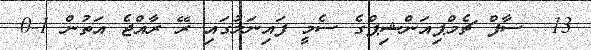
13  ސާފް ޗެމްޕިއަންޝިޕްގެ ސެމީ ފައިނަލުގައި ރޭ ރާއްޖެ އަތުން 1-0